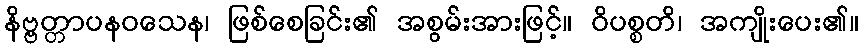
နိဗ္ဗတ္တာပနဝသေန၊ ဖြစ်စေခြင်း၏ အစွမ်းအားဖြင့်။ ဝိပစ္စတိ၊ အကျိုးပေး၏။